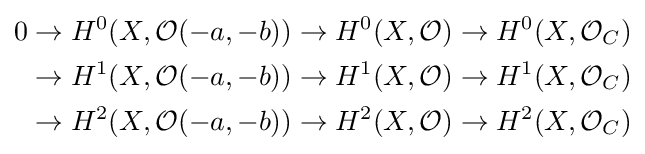
{\begin{aligned}0&\to H^{0}(X,{\mathcal {O}}(-a,-b))\to H^{0}(X,{\mathcal {O}})\to H^{0}(X,{\mathcal {O}}_{C})\\&\to H^{1}(X,{\mathcal {O}}(-a,-b))\to H^{1}(X,{\mathcal {O}})\to H^{1}(X,{\mathcal {O}}_{C})\\&\to H^{2}(X,{\mathcal {O}}(-a,-b))\to H^{2}(X,{\mathcal {O}})\to H^{2}(X,{\mathcal {O}}_{C})\end{aligned}}